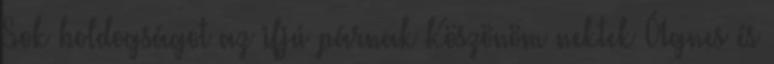
Sok boldogságot az ifjú párnak Köszönöm nektek Ágnes és